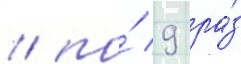
/ по́ 9 ра́з